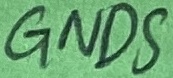
Text: GNDS